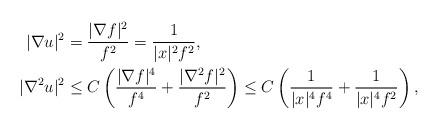
LaTeX: \begin{align*}|\nabla u|^2 &= \frac{|\nabla f|^2}{f^2}=\frac{1}{|x|^2 f^2}, \\|\nabla^2 u|^2 & \leq C \left( \frac{|\nabla f|^4}{f^4} + \frac{|\nabla^2 f|^2}{f^2}\right)\leq C \left( \frac{1}{|x|^4 f^4} + \frac{1}{|x|^4 f^2} \right),\end{align*}